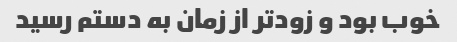
خوب بود و زودتر از زمان به دستم رسید